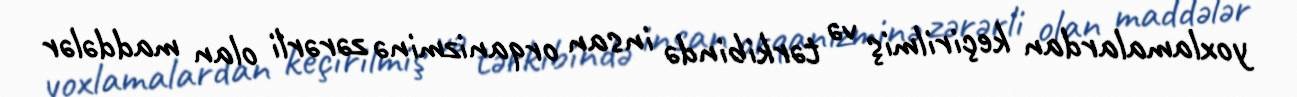
yoxlamalardan keçirilmiş və tərkibində insan orqanizminə zərərli olan maddələr